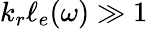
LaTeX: k_{r}\ell_{e}(\omega)\gg 1